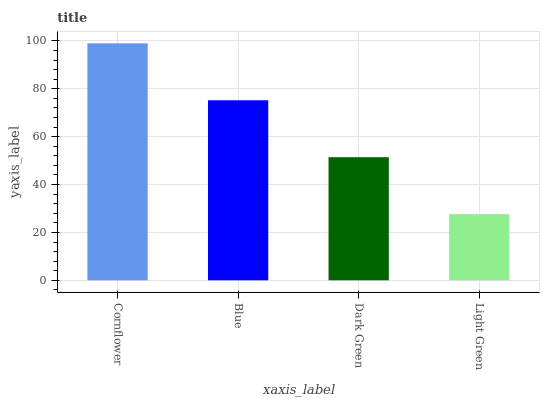
| xaxis_label | bars |
 | --- | --- |
 | Cornflower | 99 |
 | Blue | 75.2 |
 | Dark Green | 51.4 |
 | Light Green | 27.7 |